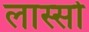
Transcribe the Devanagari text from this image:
लास्सो